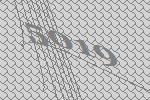
5019